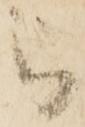
被